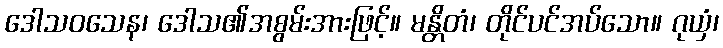
ဒေါသဝသေန၊ ဒေါသ၏အစွမ်းအားဖြင့်။ မန္တိတံ၊ တိုင်ပင်အပ်သော။ ဂုယှံ၊